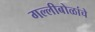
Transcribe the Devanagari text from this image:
गल्लीबोळांचे